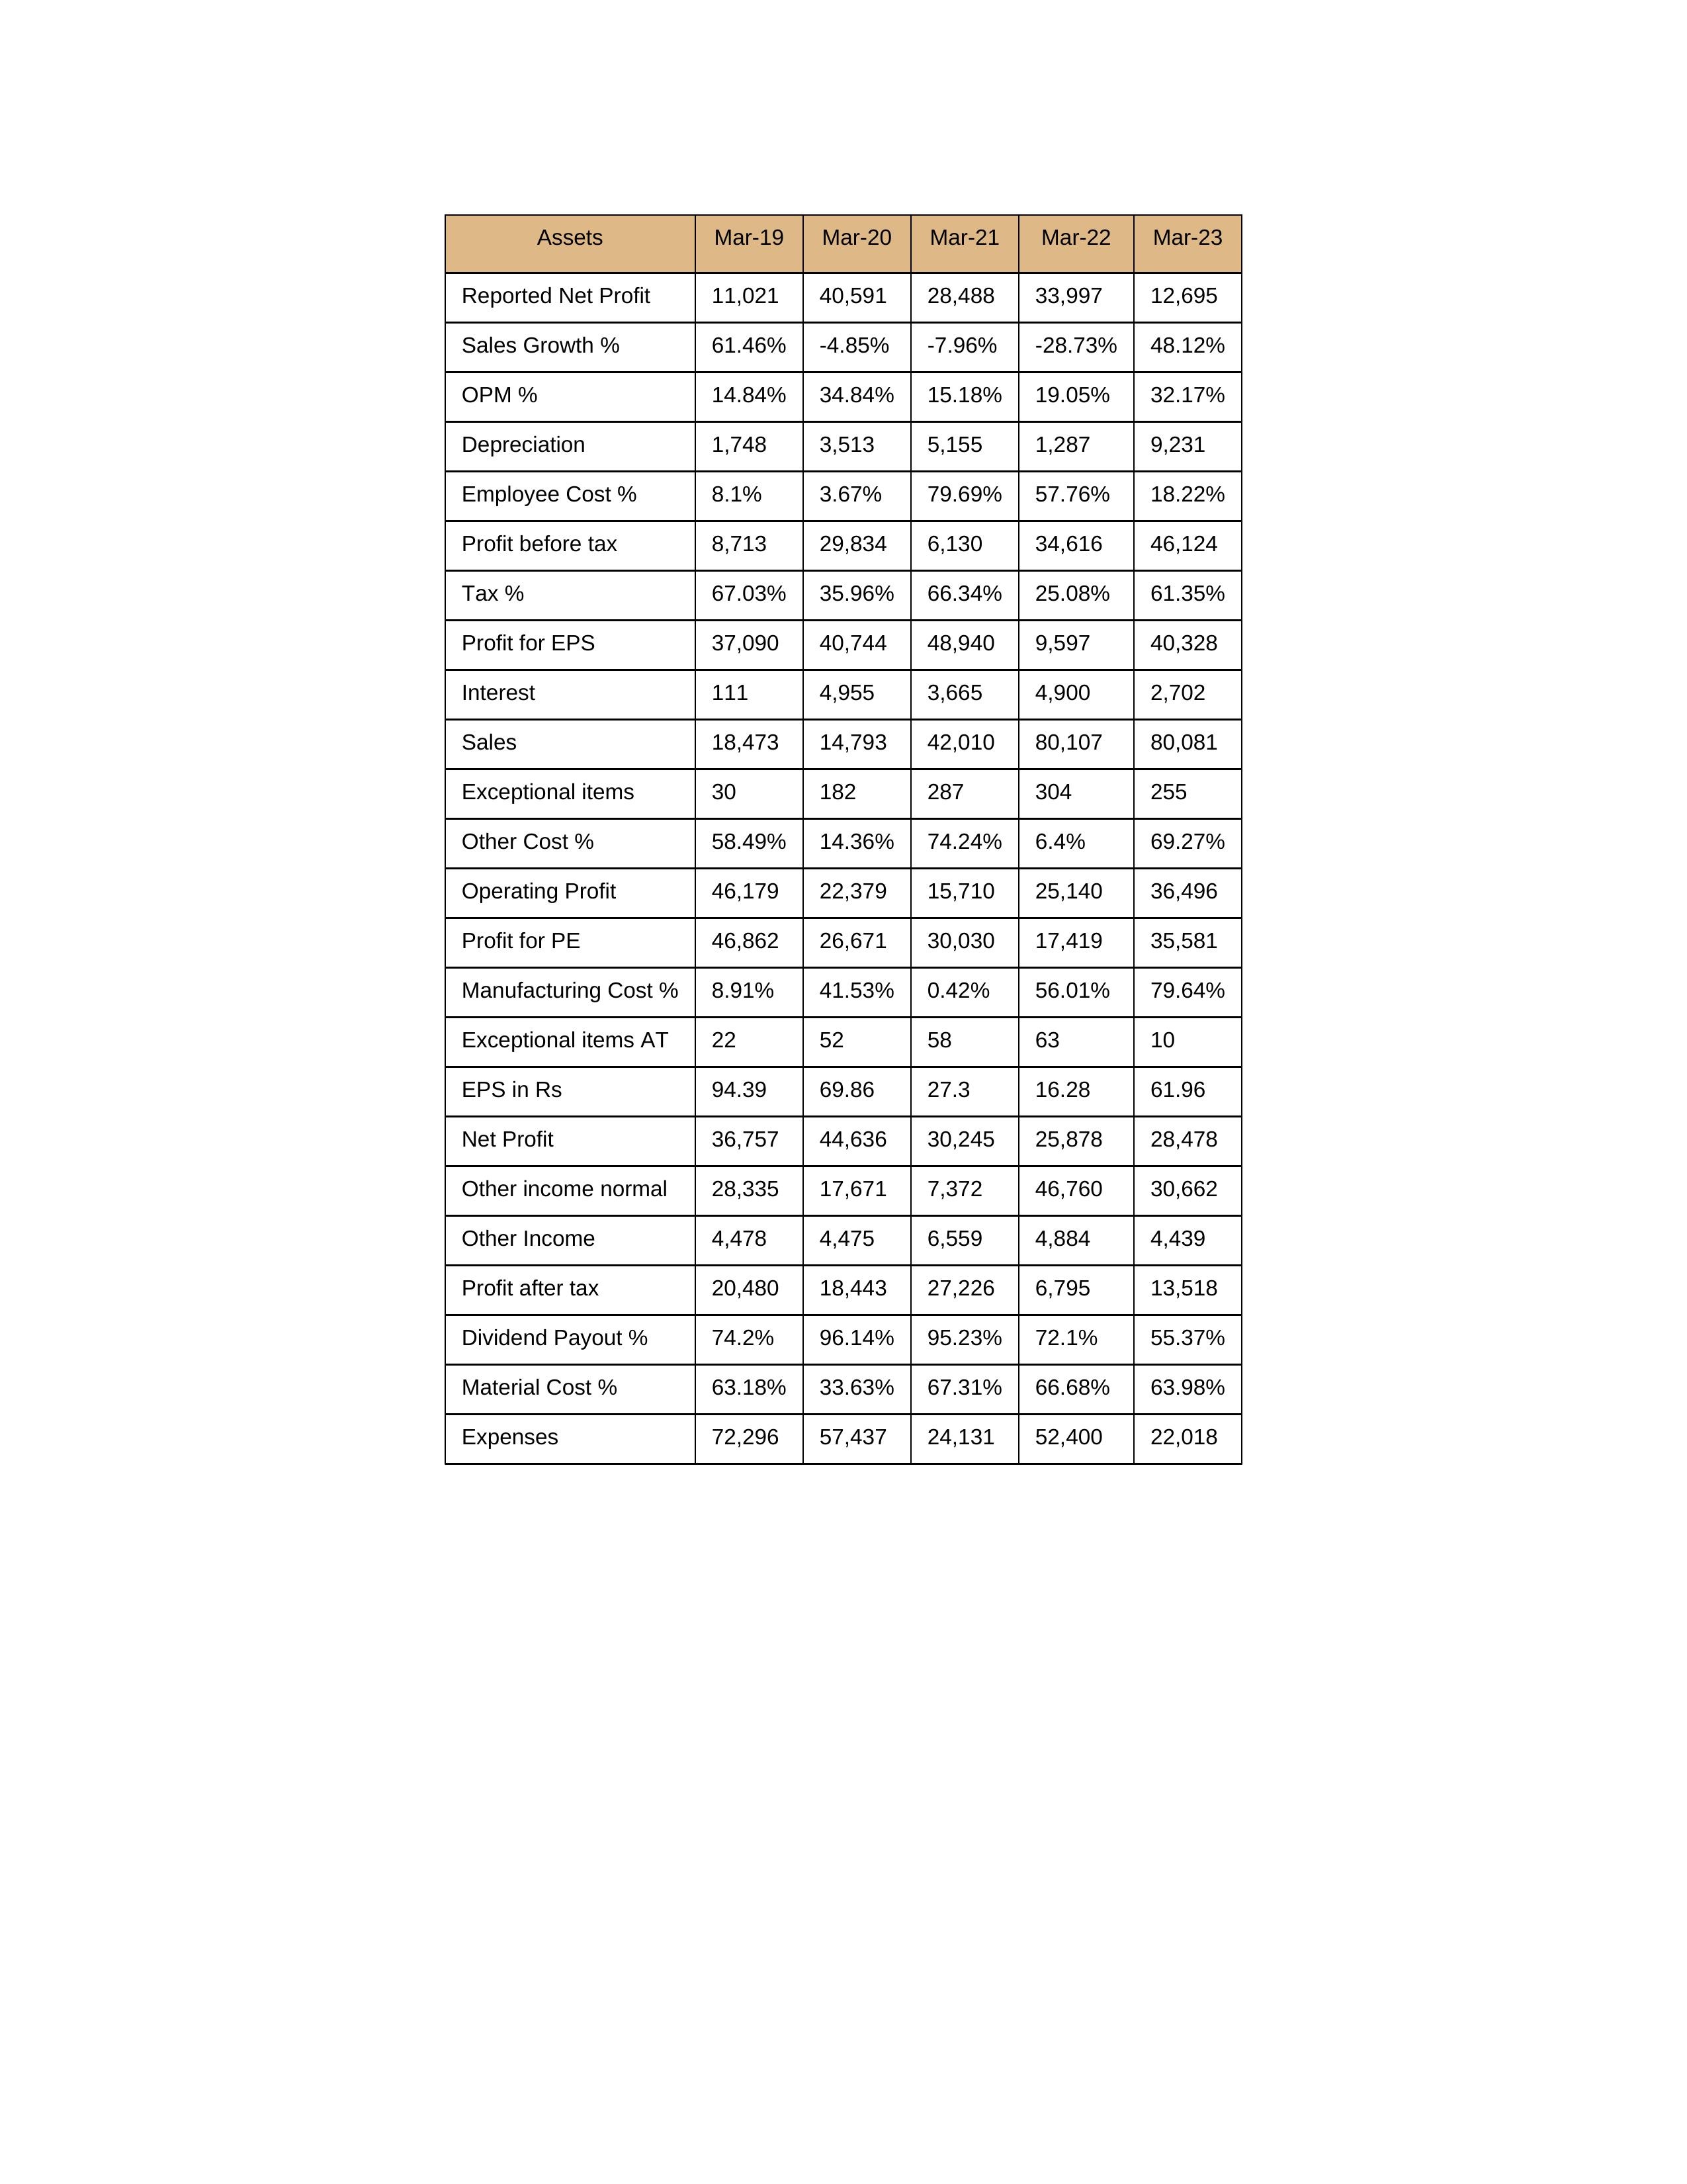
gt_parse: Mar-19: Sales: 18,473
Sales Growth %: 61.46%
Expenses: 72,296
Material Cost %: 63.18%
Manufacturing Cost %: 8.91%
Employee Cost %: 8.1%
Other Cost %: 58.49%
Operating Profit: 46,179
OPM %: 14.84%
Other Income: 4,478
Exceptional items: 30
Other income normal: 28,335
Interest: 111
Depreciation: 1,748
Profit before tax: 8,713
Tax %: 67.03%
Net Profit: 36,757
Profit after tax: 20,480
Reported Net Profit: 11,021
Profit for EPS: 37,090
Exceptional items AT: 22
Profit for PE: 46,862
EPS in Rs: 94.39
Dividend Payout %: 74.2%
Mar-20: Sales: 14,793
Sales Growth %: -4.85%
Expenses: 57,437
Material Cost %: 33.63%
Manufacturing Cost %: 41.53%
Employee Cost %: 3.67%
Other Cost %: 14.36%
Operating Profit: 22,379
OPM %: 34.84%
Other Income: 4,475
Exceptional items: 182
Other income normal: 17,671
Interest: 4,955
Depreciation: 3,513
Profit before tax: 29,834
Tax %: 35.96%
Net Profit: 44,636
Profit after tax: 18,443
Reported Net Profit: 40,591
Profit for EPS: 40,744
Exceptional items AT: 52
Profit for PE: 26,671
EPS in Rs: 69.86
Dividend Payout %: 96.14%
Mar-21: Sales: 42,010
Sales Growth %: -7.96%
Expenses: 24,131
Material Cost %: 67.31%
Manufacturing Cost %: 0.42%
Employee Cost %: 79.69%
Other Cost %: 74.24%
Operating Profit: 15,710
OPM %: 15.18%
Other Income: 6,559
Exceptional items: 287
Other income normal: 7,372
Interest: 3,665
Depreciation: 5,155
Profit before tax: 6,130
Tax %: 66.34%
Net Profit: 30,245
Profit after tax: 27,226
Reported Net Profit: 28,488
Profit for EPS: 48,940
Exceptional items AT: 58
Profit for PE: 30,030
EPS in Rs: 27.3
Dividend Payout %: 95.23%
Mar-22: Sales: 80,107
Sales Growth %: -28.73%
Expenses: 52,400
Material Cost %: 66.68%
Manufacturing Cost %: 56.01%
Employee Cost %: 57.76%
Other Cost %: 6.4%
Operating Profit: 25,140
OPM %: 19.05%
Other Income: 4,884
Exceptional items: 304
Other income normal: 46,760
Interest: 4,900
Depreciation: 1,287
Profit before tax: 34,616
Tax %: 25.08%
Net Profit: 25,878
Profit after tax: 6,795
Reported Net Profit: 33,997
Profit for EPS: 9,597
Exceptional items AT: 63
Profit for PE: 17,419
EPS in Rs: 16.28
Dividend Payout %: 72.1%
Mar-23: Sales: 80,081
Sales Growth %: 48.12%
Expenses: 22,018
Material Cost %: 63.98%
Manufacturing Cost %: 79.64%
Employee Cost %: 18.22%
Other Cost %: 69.27%
Operating Profit: 36,496
OPM %: 32.17%
Other Income: 4,439
Exceptional items: 255
Other income normal: 30,662
Interest: 2,702
Depreciation: 9,231
Profit before tax: 46,124
Tax %: 61.35%
Net Profit: 28,478
Profit after tax: 13,518
Reported Net Profit: 12,695
Profit for EPS: 40,328
Exceptional items AT: 10
Profit for PE: 35,581
EPS in Rs: 61.96
Dividend Payout %: 55.37%